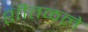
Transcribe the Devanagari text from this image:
शीतळले